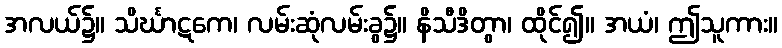
အလယ်၌။ သိင်္ဃာဋကေ၊ လမ်းဆုံလမ်းခွ၌။ နိသီဒိတွာ၊ ထိုင်၍။ အယံ၊ ဤသူကား။